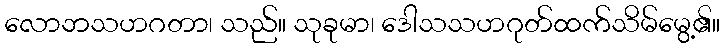
လောဘသဟဂတာ၊ သည်။ သုခုမာ၊ ဒေါသသဟဂုတ်ထက်သိမ်မွေ့၏။